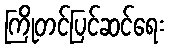
ကြိုတင်ပြင်ဆင်ရေး